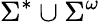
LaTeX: \Sigma^{\ast}\cup\Sigma^{\omega}